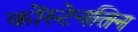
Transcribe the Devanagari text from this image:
कोंस्टेनतिन